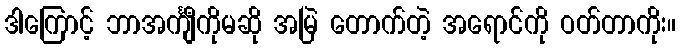
ဒါကြောင့် ဘာအင်္ကျီကိုမဆို အမြဲ တောက်တဲ့ အရောင်ကို ဝတ်တာကိုး။